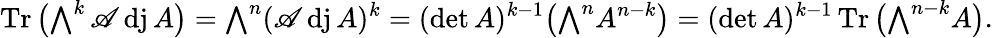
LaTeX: \operatorname{Tr}{\bigl(}{\textstyle\bigwedge}^{k}\operatorname{\mathscr{A}dj}A{\bigr)}={\textstyle\bigwedge}^{n}(\operatorname{\mathscr{A}dj}A)^{k}=(\operatorname*{det}A)^{k-1}{\bigl(}{\textstyle\bigwedge}^{n}A^{n-k}{\bigr)}=(\operatorname*{det}A)^{k-1}\operatorname{Tr}{\bigl(}{\textstyle\bigwedge}^{n-k}A{\bigr)}.